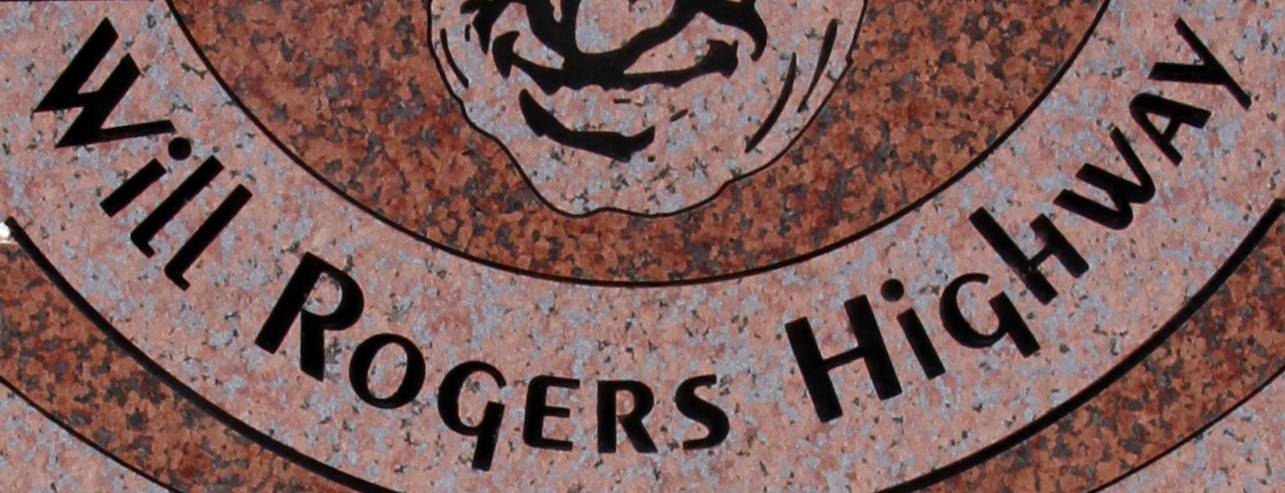
Will ROGERS HiGHWAY